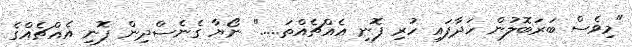
"މިވެސް ބަރަބޮލުން ހަދާފައި ހުރި ފޮނި އެއްޗެއްތަ....." ނޯޔާ ގެނެސްދިން ފޮނި އެއްޗެއްގެ